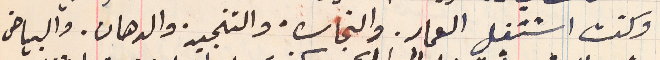
وكنت اشتغل العمار. والنجاره، والتنجيد. والدهان. والبياض